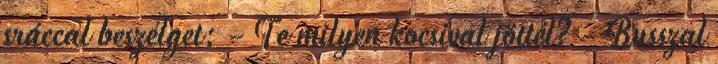
sráccal beszélget: - Te milyen kocsival jöttél? - Busszal